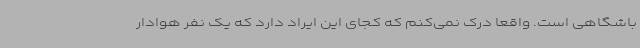
باشگاهی است. واقعا درک نمی‌کنم که کجای این ایراد دارد که یک نفر هوادار